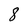
Character: 8